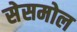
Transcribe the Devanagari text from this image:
सेसमोल